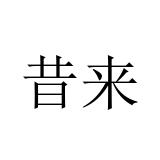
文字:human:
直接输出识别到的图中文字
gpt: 昔来